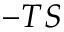
- T S